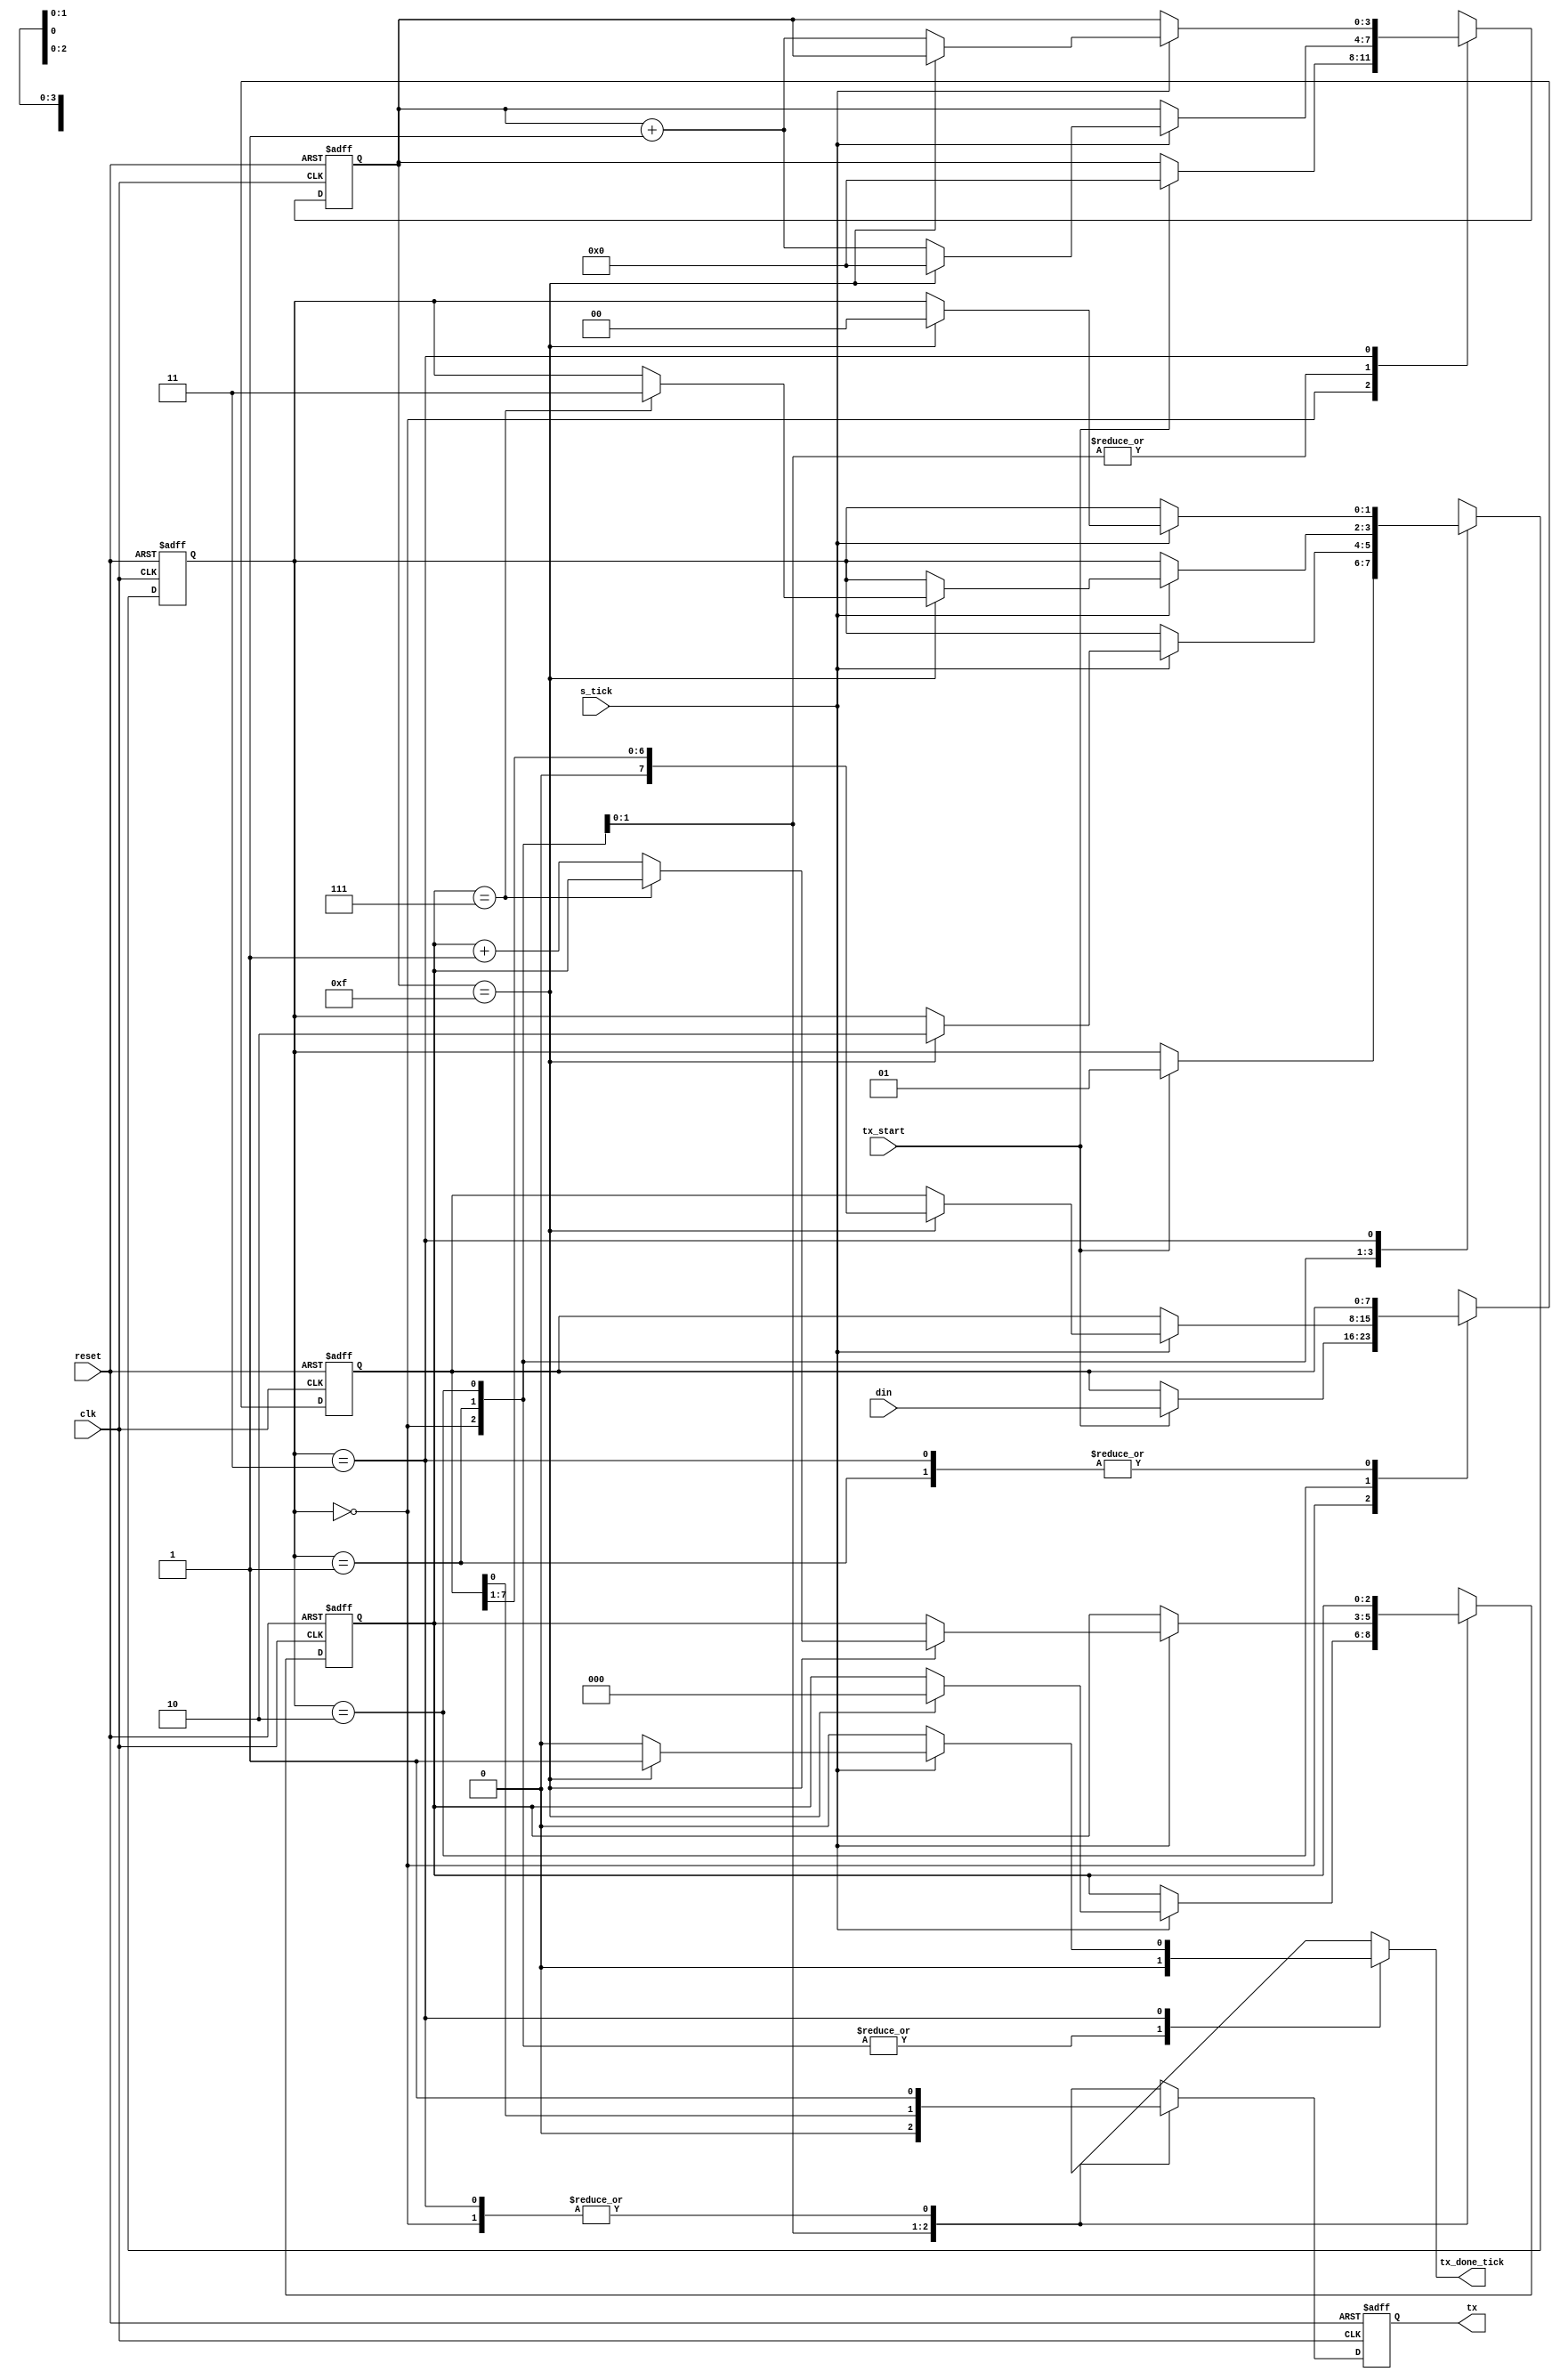
/* Module: uart_tx
   Description: UART transmitter
   Inputs: clk - Clock signal; reset - Reset signal; tx_start - Transmit start signal; s_tick - Tick signal; din - Input data
   Outputs: tx_done_tick - Transmit done tick; tx - Transmit data
*/
module uart_tx #(
    parameter DBIT = 8,     // Number of data bits
    parameter SB_TICK = 16  // Number of ticks for 1 stop bit
) (
    input        clk,
    input        reset,
    input        tx_start,
    input        s_tick,
    input  [7:0] din,
    output reg   tx_done_tick,
    output       tx
);

    // FSM state type
    localparam IDLE  = 2'b00;
    localparam START = 2'b01;
    localparam DATA  = 2'b10;
    localparam STOP  = 2'b11;

    // State register
    reg [1:0] state_reg, state_next;

    // Signal declaration
    reg [3:0] s_reg, s_next;
    reg [2:0] n_reg, n_next;
    reg [7:0] b_reg, b_next;
    reg       tx_reg, tx_next;

    // FSMD state & data registers
   always @(posedge clk , negedge reset) begin
      if (~reset) begin
            state_reg <= IDLE;
            s_reg <= 0;
            n_reg <= 0;
            b_reg <= 0;
            tx_reg <= 1'b1;
      end else begin
            state_reg <= state_next;
            s_reg <= s_next;
            n_reg <= n_next;
            b_reg <= b_next;
            tx_reg <= tx_next;
        end
    end

    // FSMD next-state logic & functional units
   always @(*) begin
        state_next = state_reg;
        tx_done_tick = 1'b0;
        s_next = s_reg;
        n_next = n_reg;
        b_next = b_reg;
        tx_next = tx_reg;

        case (state_reg)
            IDLE: begin
                tx_next = 1'b1;
                if (tx_start) begin
                    state_next = START;
                    s_next = 0;
                    b_next = din;
                end
            end
            START: begin
                tx_next = 1'b0;
                if (s_tick) begin
                    if (s_reg == 15) begin
                        state_next = DATA;
                        s_next = 0;
                        n_next = 0;
                    end else
                        s_next = s_reg + 1;
                end
            end
            DATA: begin
                tx_next = b_reg[0];
                if (s_tick) begin
                    if (s_reg == 15) begin
                        s_next = 0;
                        b_next = b_reg >> 1;
                        if (n_reg == (DBIT-1))
                            state_next = STOP;
                        else
                            n_next = n_reg + 1;
                    end else
                        s_next = s_reg + 1;
                end
            end
            STOP: begin
                tx_next = 1'b1;
                if (s_tick) begin
                    if (s_reg == (SB_TICK-1)) begin
                        state_next = IDLE;
                        tx_done_tick = 1'b1;
                    end else
                        s_next = s_reg + 1;
                end
            end
        endcase
    end

    // Output
    assign tx = tx_reg;

endmodule